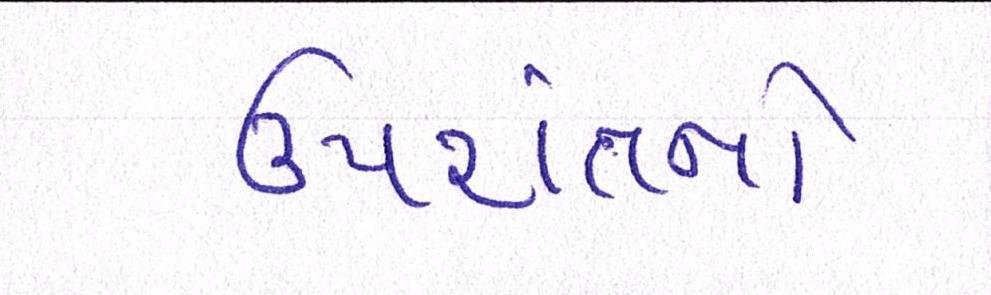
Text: ઉપરાંતનો